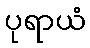
ပုရာယံ